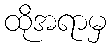
ထိုအရာမှ